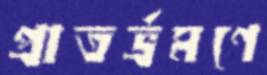
প্রাতর্ভ্রমণে